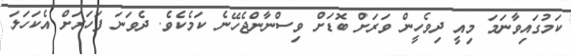
ކަމުގައިވާނަމަ މިއީ ދިވެހީން ވަރަށް ބޮޑަށް ވިސްނާންޖެހޭނެ ކަމެކެވެ. ދެވަނަ ފަހަރަށް އެކަހަލަ